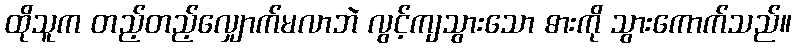
ထိုသူက တည့်တည့်လျှောက်မလာဘဲ လွင့်ကျသွားသော ဓားကို သွားကောက်သည်။